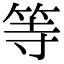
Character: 等